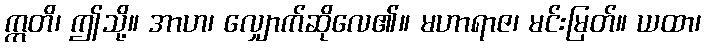
ဣတိ၊ ဤသို့။ အာဟ၊ လျှောက်ဆိုလေ၏။ မဟာရာဇ၊ မင်းမြတ်။ ယထာ၊